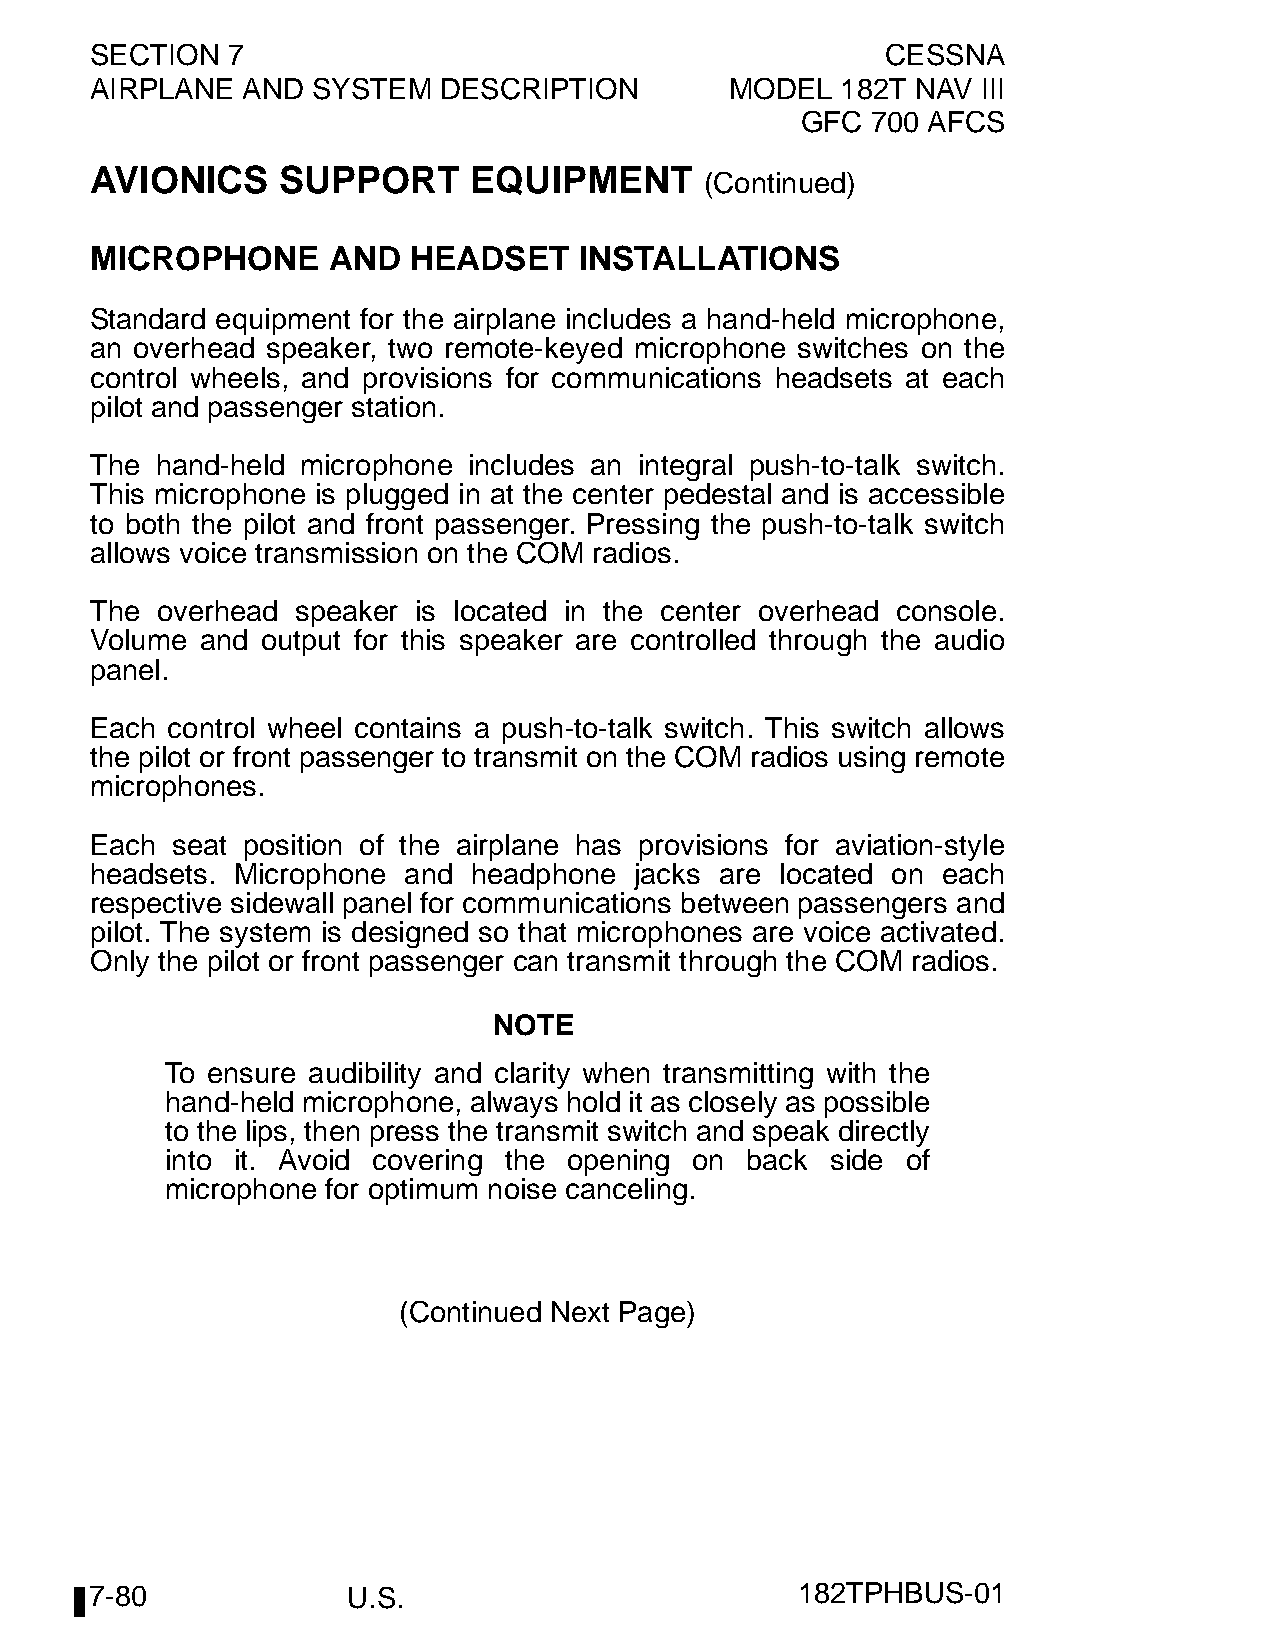
SECTION  7                                           CESSNA
 AIRPLANE  AND  SYSTEM  DESCRIPTION        MODEL   182T NAV III
 GFC  700 AFCS
 AVIONICS    SUPPORT      EQUIPMENT
 (Continued)
 MICROPHONE      AND  HEADSET    INSTALLATIONS
 Standard equipment for the airplane includes a hand-held microphone,
 an overhead speaker, two remote-keyed microphone switches on the
 control wheels, and provisions for communications headsets at each
 pilot and passenger station.
 The hand-held microphone includes an integral push-to-talk switch.
 This microphone is plugged in at the center pedestal and is accessible
 to both the pilot and front passenger. Pressing the push-to-talk switch
 allows voice transmission on the COM radios.
 The overhead  speaker is located in the center overhead console.
 Volume and output for this speaker are controlled through the audio
 panel.
 Each control wheel contains a push-to-talk switch. This switch allows
 the pilot or front passenger to transmit on the COM radios using remote
 microphones.
 Each seat position of the airplane has provisions for aviation-style
 headsets. Microphone and headphone  jacks are located on each
 respective sidewall panel for communications between passengers and
 pilot. The system is designed so that microphones are voice activated.
 Only the pilot or front passenger can transmit through the COM radios.
 NOTE
 To ensure audibility and clarity when transmitting with the
 hand-held microphone, always hold it as closely as possible
 to the lips, then press the transmit switch and speak directly
 into it. Avoid covering the opening on back side of
 microphone for optimum noise canceling.
 (Continued Next Page)
 7-80             U.S.                          182TPHBUS-01